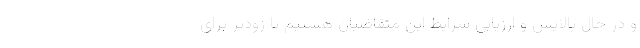
و در حال پالایش و ارزیابی شرایط این متقاضیان هستیم تا زودتر برای